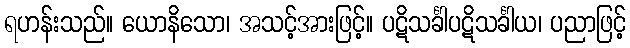
ရဟန်းသည်။ ယောနိသော၊ အသင့်အားဖြင့်။ ပဋိသင်္ခါပဋိသင်္ခါယ၊ ပညာဖြင့်